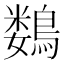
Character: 𱈲